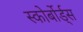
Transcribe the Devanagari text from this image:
स्कोर्बोर्ड्स